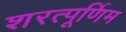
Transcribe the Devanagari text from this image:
शरत्पूर्णिम